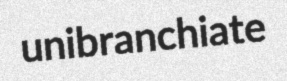
unibranchiate